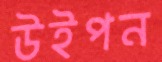
উইপন